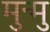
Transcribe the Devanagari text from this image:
मुन्मु